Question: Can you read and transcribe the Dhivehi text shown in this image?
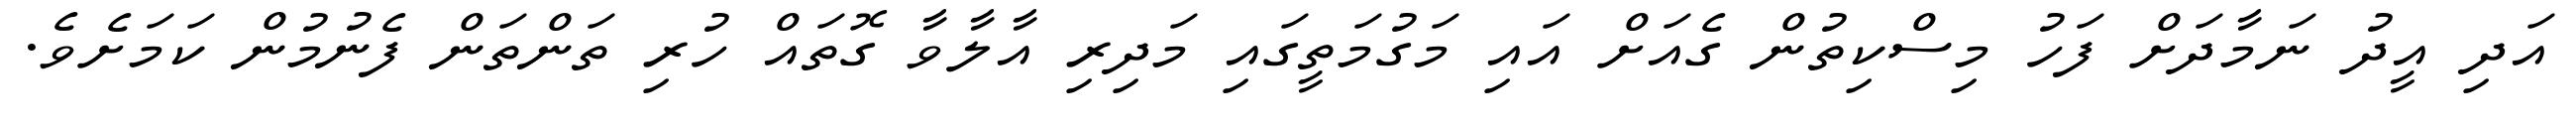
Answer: އަދި އީދު ނަމާދަށް ފަހު މިސްކިތުން ގެއަށް އައި މަގުމަތީގައި މަދިރި އާލާވާ ގޮތައް ހުރި ތަންތަން ފެނުމުން ކަމަށެވެ.